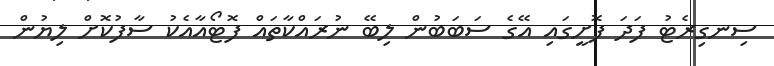
ސިނގިރެޓު ފަދަ ފޮށީގައި އޭގެ ސަަބަބުން ލިބޭ ނުރައްކާތައް ފޮޓޯއާއެކު ސާފުކޮށް ލިޔުން